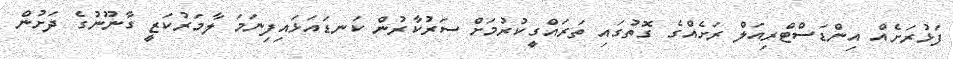
ފަޅުރަށެއް އިންޑަސްޓްރިއަލް ރަށެއްގެ ގޮތުގައި ތަރައްގީކުރުމަށް ސަރުކާރުން ކަނޑައަޅައިފިނަމަ ލާމަރުކަޒީ ގާނޫނުގެ ދަށުން